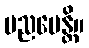
ပညပေန္တိ။